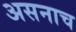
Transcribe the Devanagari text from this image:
असनाच